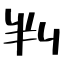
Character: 判